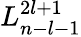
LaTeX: L_{n-l-1}^{2l+1}